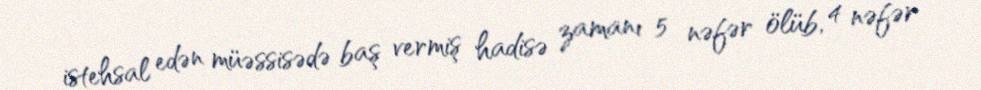
istehsal edən müəssisədə baş vermiş hadisə zamanı 5 nəfər ölüb, 4 nəfər